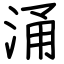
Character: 涌